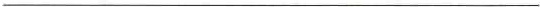
___